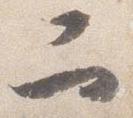
二